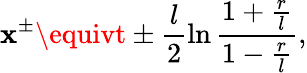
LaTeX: \mathbf{x}^{\pm}\equivt\pm\frac{{l}}{{2}}\ln\frac{{1+\frac{{r}}{{l}}}}{{1-\frac{{r}}{{l}}}},